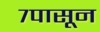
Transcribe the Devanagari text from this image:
७पासून